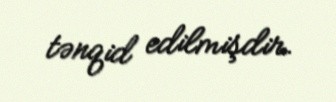
tənqid edilmişdir.